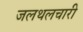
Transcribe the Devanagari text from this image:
जलथलचारी